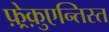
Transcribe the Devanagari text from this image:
फ़्रेक़ुएन्तिस्त